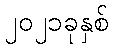
၂၀၂၁ခုနှစ်